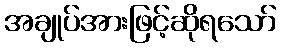
အချုပ်အားဖြင့်ဆိုရသော်